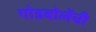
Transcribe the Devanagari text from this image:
गोडबोलेंची